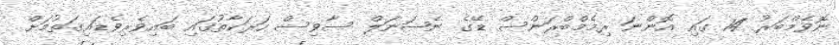
ނޮވެމްބަރު 14 ގައި އޮންނަ ރިމެމްބްރަންސް ޑޭގެ ނެޝަނަލް ސާވިސް ހަރަކާތުގައި ބައިވެރިވެޑައިގަތުމަށް